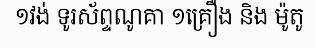
១វង់ ទូរស័ព្ទណូគា ១គ្រឿង និង ម៉ូតូ